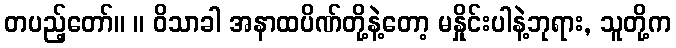
တပည့်တော်။ ။ ဝိသာခါ အနာထပိဏ်တို့နဲ့တော့ မနှိုင်းပါနဲ့ဘုရား, သူတို့က